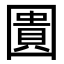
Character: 圚